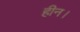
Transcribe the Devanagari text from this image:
हीन।